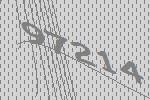
97214